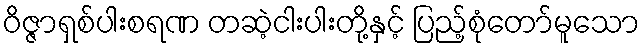
ဝိဇ္ဇာရှစ်ပါးစရဏ တဆဲ့ငါးပါးတို့နှင့် ပြည့်စုံတော်မူသော